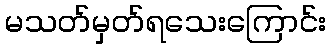
မသတ်မှတ်ရသေးကြောင်း